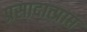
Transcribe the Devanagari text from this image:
प्रसादात्प्राप्त